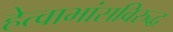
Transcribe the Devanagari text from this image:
हेत्वाभांसविरुद्ध